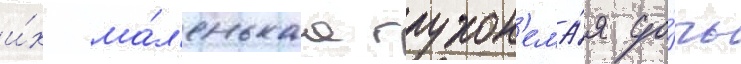
и́х ма́л'енькаа глухон'ема́я до́чь